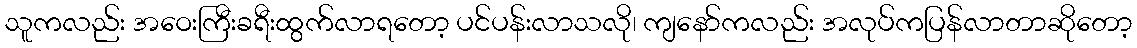
သူကလည်း အဝေးကြီးခရီးထွက်လာရတော့ ပင်ပန်းလာသလို၊ ကျနော်ကလည်း အလုပ်ကပြန်လာတာဆိုတော့